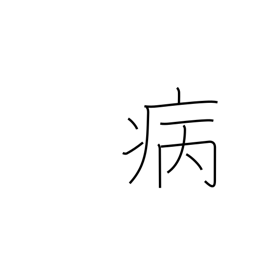
Meaning: sick